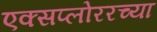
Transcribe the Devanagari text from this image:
एक्सप्लोररच्या